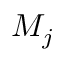
M _ { j }